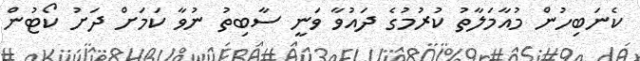
ކެނަބިހުން މުއާމަލާތު ކުރުމުގެ ދައުވާ ވަނީ ސާބިތު ނުވާ ކަމަށް ދަށު ކޯޓުން